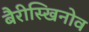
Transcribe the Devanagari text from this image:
बैरीस्खिनोव